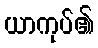
ယာကုပ်၏